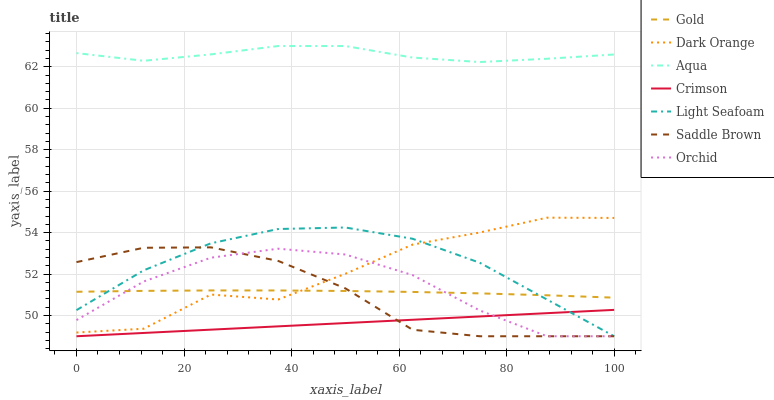
| xaxis_label | Gold | Dark Orange | Aqua | Crimson | Light Seafoam | Saddle Brown | Orchid |
 | --- | --- | --- | --- | --- | --- | --- | --- |
 | 0 | 51.1 | 49.2 | 62.7 | 49 | 50.3 | 52.6 | 49.8 |
 | 12.5 | 51.2 | 49.4 | 62.3 | 49.2 | 52.2 | 53.3 | 51.6 |
 | 25 | 51.2 | 51 | 62.6 | 49.3 | 53.5 | 53.3 | 52.8 |
 | 37.5 | 51.2 | 50.8 | 63 | 49.5 | 54.2 | 52.6 | 53.2 |
 | 50 | 51.2 | 52 | 63 | 49.6 | 54.2 | 51.3 | 52.9 |
 | 62.5 | 51.1 | 53.4 | 62.4 | 49.8 | 53.7 | 49.3 | 52 |
 | 75 | 51.1 | 54 | 62.2 | 50 | 52.5 | 49 | 50.2 |
 | 87.5 | 51 | 54.7 | 62.4 | 50.1 | 50.8 | 49 | 49 |
 | 100 | 50.9 | 54.7 | 62.6 | 50.3 | 49 | 49 | 49 |